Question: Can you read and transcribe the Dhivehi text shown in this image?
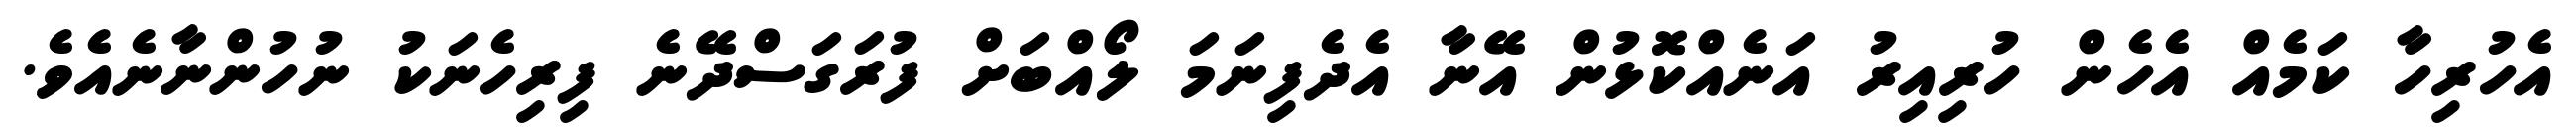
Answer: އެހުރިހާ ކަމެއް އެހެން ހުރިއިރު އަނެއްކޮޅުން އޭނާ އެދެފިނަމަ ލޯއްބަށް ފުރަގަސްދޭނެ ފިރިހެނަކު ނުހުންނާނެއެވެ.